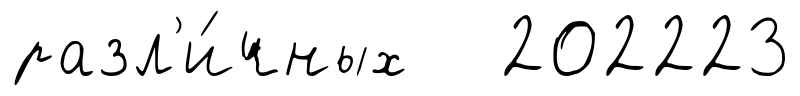
разл'и́чных 202223